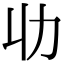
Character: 𠠳